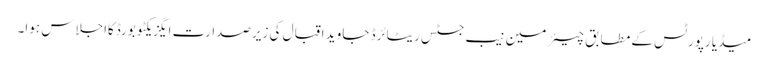
میڈیا رپورٹس کے مطابق چیئرمین نیب جسٹس ریٹائرڈ جاوید اقبال کی زیرصدارت ایگزیکٹو بورڈکااجلاس ہوا۔